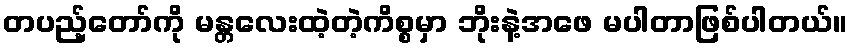
တပည့်တော်ကို မန္တလေးထဲ့တဲ့ကိစ္စမှာ ဘိုးနဲ့အဖေ မပါတာဖြစ်ပါတယ်။